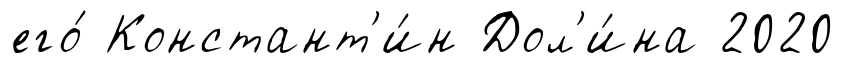
его́ Констант'и́н Дол'и́на 2020